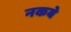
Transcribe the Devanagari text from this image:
नकबे